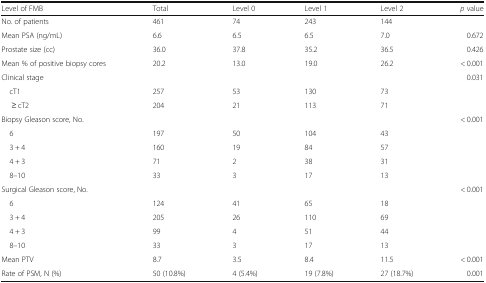
<table><thead><tr><td><b>Level of FMB</b></td><td><b>Total</b></td><td><b>Level 0</b></td><td><b>Level 1</b></td><td><b>Level 2</b></td><td><b><i>p</i> value</b></td></tr></thead><tbody><tr><td>No. of patients</td><td>461</td><td>74</td><td>243</td><td>144</td><td></td></tr><tr><td>Mean PSA (ng/mL)</td><td>6.6</td><td>6.5</td><td>6.5</td><td>7.0</td><td>0.672</td></tr><tr><td>Prostate size (cc)</td><td>36.0</td><td>37.8</td><td>35.2</td><td>36.5</td><td>0.426</td></tr><tr><td>Mean % of positive biopsy cores</td><td>20.2</td><td>13.0</td><td>19.0</td><td>26.2</td><td>&lt; 0.001</td></tr><tr><td>Clinical stage</td><td></td><td></td><td></td><td></td><td>0.031</td></tr><tr><td> cT1</td><td>257</td><td>53</td><td>130</td><td>73</td><td></td></tr><tr><td>≥ cT2</td><td>204</td><td>21</td><td>113</td><td>71</td><td></td></tr><tr><td>Biopsy Gleason score, No.</td><td></td><td></td><td></td><td></td><td>&lt; 0.001</td></tr><tr><td> 6</td><td>197</td><td>50</td><td>104</td><td>43</td><td></td></tr><tr><td> 3 + 4</td><td>160</td><td>19</td><td>84</td><td>57</td><td></td></tr><tr><td> 4 + 3</td><td>71</td><td>2</td><td>38</td><td>31</td><td></td></tr><tr><td> 8–10</td><td>33</td><td>3</td><td>17</td><td>13</td><td></td></tr><tr><td>Surgical Gleason score, No.</td><td></td><td></td><td></td><td></td><td>&lt; 0.001</td></tr><tr><td> 6</td><td>124</td><td>41</td><td>65</td><td>18</td><td></td></tr><tr><td> 3 + 4</td><td>205</td><td>26</td><td>110</td><td>69</td><td></td></tr><tr><td> 4 + 3</td><td>99</td><td>4</td><td>51</td><td>44</td><td></td></tr><tr><td> 8–10</td><td>33</td><td>3</td><td>17</td><td>13</td><td></td></tr><tr><td>Mean PTV</td><td>8.7</td><td>3.5</td><td>8.4</td><td>11.5</td><td>&lt; 0.001</td></tr><tr><td>Rate of PSM, N (%)</td><td>50 (10.8%)</td><td>4 (5.4%)</td><td>19 (7.8%)</td><td>27 (18.7%)</td><td>0.001</td></tr></tbody></table>